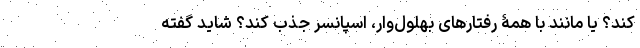
کند؟ یا مانند با همۀ رفتارهای بهلول‌وار، اسپانسر جذب کند؟ شاید گفته